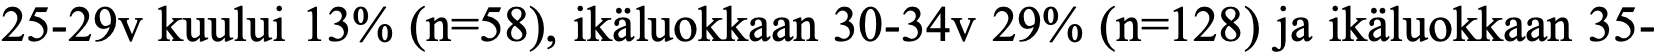
25-29v kuului 13% (n=58), ikäluokkaan 30-34v 29% (n=128) ja ikäluokkaan 35-